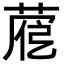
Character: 𦴱